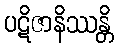
ပဋိဇာနိဿန္တိ